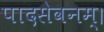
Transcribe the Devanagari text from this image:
पादसेवनम्।